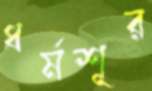
ধর্মশূর